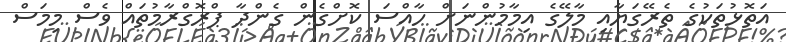
އަތޮޅުތަކުގެ ތެރޭގަޔާއި މާލޭގެ އިމާމުންނަށް ހާއްސަ ކޮށްގެން ގެންދާ ޕްރޮގްރާމުތައް ވެސް މިމަސް